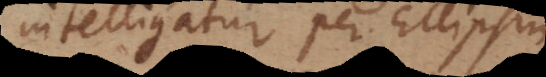
intelligatur per Ellipsin.